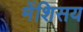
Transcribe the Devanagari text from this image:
मेंशिसय